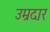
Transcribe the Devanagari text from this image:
उम्रदार